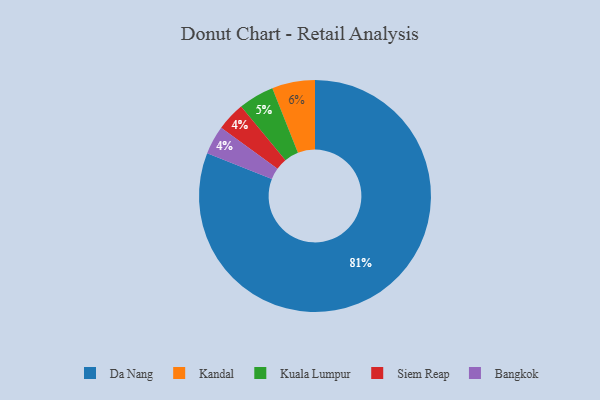
{"axis": {"x": "Category", "y": "Percentage"}, "legend": ["Bangkok", "Da Nang", "Kandal", "Kuala Lumpur", "Siem Reap"], "data": [{"x": "Kandal", "y": 6, "type": "Kandal"}, {"x": "Da Nang", "y": 81, "type": "Da Nang"}, {"x": "Kuala Lumpur", "y": 5, "type": "Kuala Lumpur"}, {"x": "Siem Reap", "y": 4, "type": "Siem Reap"}, {"x": "Bangkok", "y": 4, "type": "Bangkok"}]}